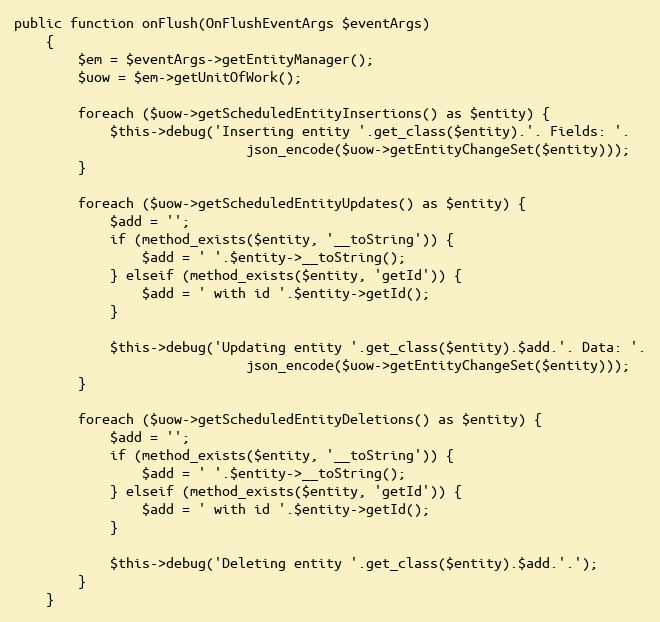
Language: PHP
public function onFlush(OnFlushEventArgs $eventArgs)
    {
        $em = $eventArgs->getEntityManager();
        $uow = $em->getUnitOfWork();

        foreach ($uow->getScheduledEntityInsertions() as $entity) {
            $this->debug('Inserting entity '.get_class($entity).'. Fields: '.
                             json_encode($uow->getEntityChangeSet($entity)));
        }

        foreach ($uow->getScheduledEntityUpdates() as $entity) {
            $add = '';
            if (method_exists($entity, '__toString')) {
                $add = ' '.$entity->__toString();
            } elseif (method_exists($entity, 'getId')) {
                $add = ' with id '.$entity->getId();
            }

            $this->debug('Updating entity '.get_class($entity).$add.'. Data: '.
                             json_encode($uow->getEntityChangeSet($entity)));
        }

        foreach ($uow->getScheduledEntityDeletions() as $entity) {
            $add = '';
            if (method_exists($entity, '__toString')) {
                $add = ' '.$entity->__toString();
            } elseif (method_exists($entity, 'getId')) {
                $add = ' with id '.$entity->getId();
            }

            $this->debug('Deleting entity '.get_class($entity).$add.'.');
        }
    }